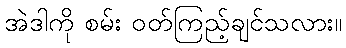
အဲဒါကို စမ်း ဝတ်ကြည့်ချင်သလား။